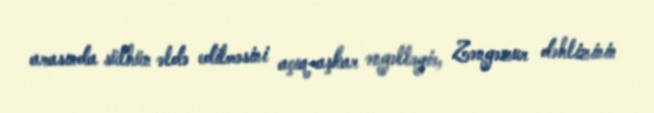
arasında sülhün əldə edilməsini açıq-aşkar əngəlləyir, Zəngəzur dəhlizinin